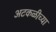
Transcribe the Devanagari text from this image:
अटकळीच्या